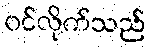
ဝင်လိုက်သည်